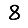
Digit: 8